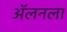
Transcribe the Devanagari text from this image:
अॅलनला